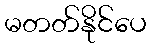
မတတ်နိုင်ပေ